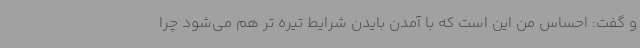
و گفت: احساس من این است که با آمدن بایدن شرایط تیره تر هم می‌شود چرا